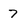
Character: 7